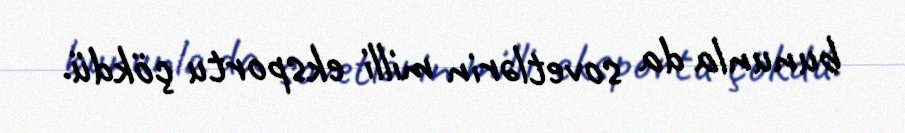
bununla da sovetlərin milli eksportu çökdü.